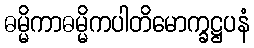
ဓမ္မိကာဓမ္မိကပါတိမောက္ခဋ္ဌပနံ